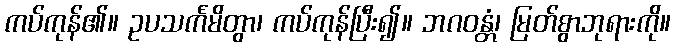
ကပ်ကုန်၏။ ဥပသင်္ကမိတွာ၊ ကပ်ကုန်ပြီး၍။ ဘဂဝန္တံ၊ မြတ်စွာဘုရားကို။